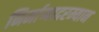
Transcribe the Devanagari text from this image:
निर्माणादरम्यान